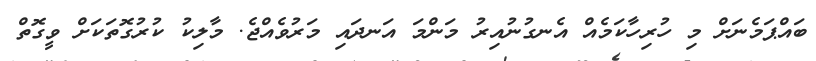
ބައްޕަމެނަށް މި ހުރިހާކަމެއް އެނގުނުއިރު މަންމަ އަނދައި މަރުވެއްޖެ. މާލިކު ކުރުގޮތަކަށް ވީގޮތް